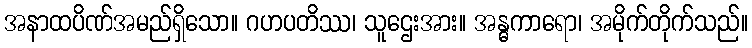
အနာထပိဏ်အမည်ရှိသော။ ဂဟပတိဿ၊ သူဌေးအား။ အန္ဓကာရော၊ အမိုက်တိုက်သည်။